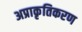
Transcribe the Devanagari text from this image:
अप्राकृतिकरण